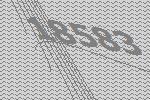
18583